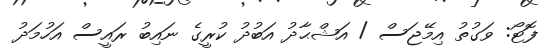
ފޮޓޯ: ވަގުތު އިމޭޖަސް / އަޝްޙާދު އަބުދު ކުރީގެ ނައިބު ރައީސް އަހުމަދު